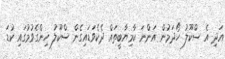
އަދި އެ ސްކޫލު ހޯދަމުން އަންނަ ކާމިޔާބީތައް ދެކެވަޑައިގެން ސްކޫލު ހިންގެވުމުގައި ކުޑަ